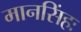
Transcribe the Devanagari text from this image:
मानसिंहः